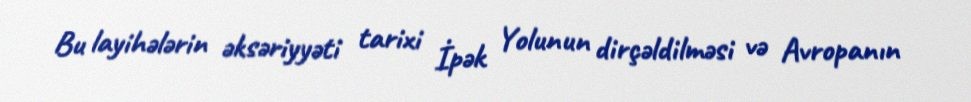
Bu layihələrin əksəriyyəti tarixi İpək Yolunun dirçəldilməsi və Avropanın